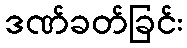
ဒဏ်ခတ်ခြင်း